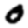
Digit: 0